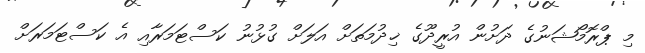
މި ޕްރޮމޯޝަނުގެ ދަށުން އުރީދޫގެ ޚިދުމަތަށް އަލަށް ގުޅުނު ކަސްޓަމަރާއި އެ ކަސްޓަމަރަށް